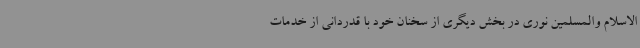
‌الاسلام والمسلمین نوری در بخش دیگری از سخنان خود با قدردانی از خدمات